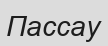
Пассау